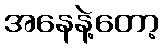
အနေနဲ့တော့